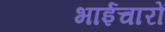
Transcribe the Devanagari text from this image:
भाईचारों